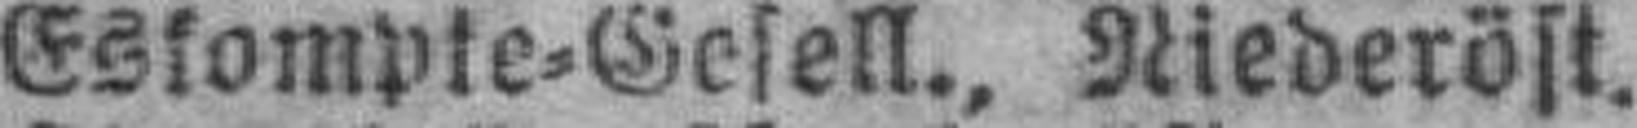
Eskompte=Gesell., Niederöst.